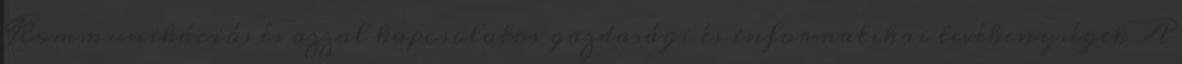
Kommunikációs és azzal kapcsolatos gazdasági és informatikai tevékenységek A